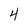
Character: 4